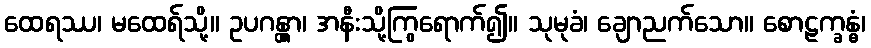
ထေရဿ၊ မထေရ်သို့။ ဥပဂန္တွာ၊ အနီးသို့ကြွရောက်၍။ သုမုခံ၊ ချောညက်သော။ စောဠက္ခန္ဓံ၊